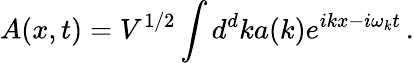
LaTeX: A(x,t)=V^{1/2}\int d^{d}ka(k)e^{ikx-i\omega_{k}t}\, .